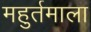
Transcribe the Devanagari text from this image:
महुर्तमाला